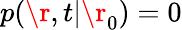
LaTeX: p(\r,t|\r_{0})=0